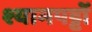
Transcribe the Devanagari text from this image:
श्यामपट्टों